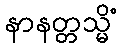
နာနတ္တသ္မိံ